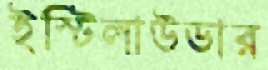
ইস্টিলাউডার